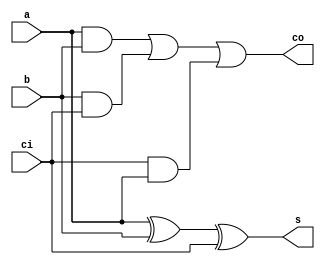
`timescale 1ns / 1ps
//////////////////////////////////////////////////////////////////////////////////
// Company: 
// Engineer: 
// 
// Design Name: 
// Module Name:    fulladder_1 
// Project Name: 
// Target Devices: 
// Tool versions: 
// Description: 
//
// Dependencies: 
//
// Revision: 
// Revision 0.01 - File Created
// Additional Comments: 
//
//////////////////////////////////////////////////////////////////////////////////
module fulladder_1(
    input a,
    input b,
    input ci,
    output s,
    output co
    );

assign s=a^b^ci;
assign co=(a&b)|(b&ci)|(ci&a);
endmodule